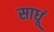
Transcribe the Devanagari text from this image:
साधूं